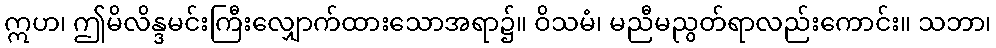
ဣဟ၊ ဤမိလိန္ဒမင်းကြီးလျှောက်ထားသောအရာ၌။ ဝိသမံ၊ မညီမညွတ်ရာလည်းကောင်း။ သဘာ၊